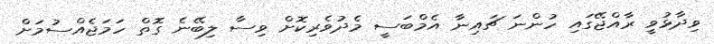
ވިދާޅުވީ ރާއްޖޭގައި ހުންނަ ޗައިނާ އެމްބަސީ މެދުވެރިކޮށް ވިސާ ލިބޭނެ ގޮތް ހަމަޖެއްސުމަށް